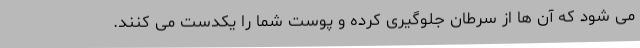
می شود که آن ها از سرطان جلوگیری کرده و پوست شما را یکدست می کنند.